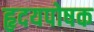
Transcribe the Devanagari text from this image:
हृदयपोषक